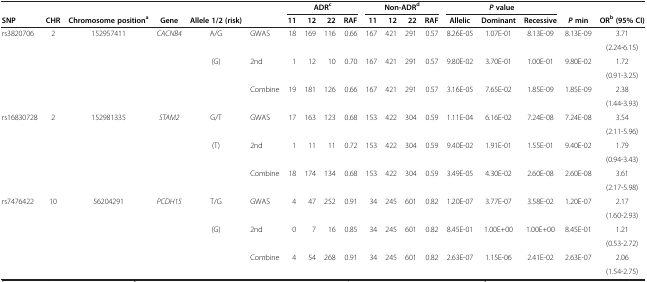
<table><thead><tr><td><b> </b></td><td><b> </b></td><td><b> </b></td><td><b> </b></td><td><b> </b></td><td><b> </b></td><td colspan="4"><b>ADR<sup>c</sup></b></td><td colspan="4"><b>Non-ADR<sup>d</sup></b></td><td colspan="3"><b><i>P </i>value</b></td><td><b> </b></td><td><b> </b></td></tr><tr><td><b>SNP</b></td><td><b>CHR</b></td><td><b>Chromosome position<sup>a</sup></b></td><td><b>Gene</b></td><td><b>Allele 1/2 (risk)</b></td><td><b> </b></td><td><b>11</b></td><td><b>12</b></td><td><b>22</b></td><td><b>RAF</b></td><td><b>11</b></td><td><b>12</b></td><td><b>22</b></td><td><b>RAF</b></td><td><b>Allelic</b></td><td><b>Dominant</b></td><td><b>Recessive</b></td><td><b><i>P </i>min</b></td><td><b>OR<sup>b </sup>(95% CI)</b></td></tr></thead><tbody><tr><td rowspan="2">rs3820706</td><td rowspan="2">2</td><td rowspan="2">152957411</td><td rowspan="2"><i>CACNB4</i></td><td rowspan="2">A/G</td><td rowspan="2">GWAS</td><td rowspan="2">18</td><td rowspan="2">169</td><td rowspan="2">116</td><td rowspan="2">0.66</td><td rowspan="2">167</td><td rowspan="2">421</td><td rowspan="2">291</td><td rowspan="2">0.57</td><td rowspan="2">8.26E-05</td><td rowspan="2">1.07E-01</td><td rowspan="2">8.13E-09</td><td rowspan="2">8.13E-09</td><td>3.71</td></tr><tr><td>(2.24-6.15)</td></tr><tr><td rowspan="2"> </td><td rowspan="2"> </td><td rowspan="2"> </td><td rowspan="2"> </td><td rowspan="2">(G)</td><td rowspan="2">2nd</td><td rowspan="2">1</td><td rowspan="2">12</td><td rowspan="2">10</td><td rowspan="2">0.70</td><td rowspan="2">167</td><td rowspan="2">421</td><td rowspan="2">291</td><td rowspan="2">0.57</td><td rowspan="2">9.80E-02</td><td rowspan="2">3.70E-01</td><td rowspan="2">1.00E-01</td><td rowspan="2">9.80E-02</td><td>1.72</td></tr><tr><td>(0.91-3.25)</td></tr><tr><td rowspan="2"> </td><td rowspan="2"> </td><td rowspan="2"> </td><td rowspan="2"> </td><td rowspan="2"> </td><td rowspan="2">Combine</td><td rowspan="2">19</td><td rowspan="2">181</td><td rowspan="2">126</td><td rowspan="2">0.66</td><td rowspan="2">167</td><td rowspan="2">421</td><td rowspan="2">291</td><td rowspan="2">0.57</td><td rowspan="2">3.16E-05</td><td rowspan="2">7.65E-02</td><td rowspan="2">1.85E-09</td><td rowspan="2">1.85E-09</td><td>2.38</td></tr><tr><td>(1.44-3.93)</td></tr><tr><td rowspan="2">rs16830728</td><td rowspan="2">2</td><td rowspan="2">152981335</td><td rowspan="2"><i>STAM2</i></td><td rowspan="2">G/T</td><td rowspan="2">GWAS</td><td rowspan="2">17</td><td rowspan="2">163</td><td rowspan="2">123</td><td rowspan="2">0.68</td><td rowspan="2">153</td><td rowspan="2">422</td><td rowspan="2">304</td><td rowspan="2">0.59</td><td rowspan="2">1.11E-04</td><td rowspan="2">6.16E-02</td><td rowspan="2">7.24E-08</td><td rowspan="2">7.24E-08</td><td>3.54</td></tr><tr><td>(2.11-5.96)</td></tr><tr><td rowspan="2"> </td><td rowspan="2"> </td><td rowspan="2"> </td><td rowspan="2"> </td><td rowspan="2">(T)</td><td rowspan="2">2nd</td><td rowspan="2">1</td><td rowspan="2">11</td><td rowspan="2">11</td><td rowspan="2">0.72</td><td rowspan="2">153</td><td rowspan="2">422</td><td rowspan="2">304</td><td rowspan="2">0.59</td><td rowspan="2">9.40E-02</td><td rowspan="2">1.91E-01</td><td rowspan="2">1.55E-01</td><td rowspan="2">9.40E-02</td><td>1.79</td></tr><tr><td>(0.94-3.43)</td></tr><tr><td rowspan="2"> </td><td rowspan="2"> </td><td rowspan="2"> </td><td rowspan="2"> </td><td rowspan="2"> </td><td rowspan="2">Combine</td><td rowspan="2">18</td><td rowspan="2">174</td><td rowspan="2">134</td><td rowspan="2">0.68</td><td rowspan="2">153</td><td rowspan="2">422</td><td rowspan="2">304</td><td rowspan="2">0.59</td><td rowspan="2">3.49E-05</td><td rowspan="2">4.30E-02</td><td rowspan="2">2.60E-08</td><td rowspan="2">2.60E-08</td><td>3.61</td></tr><tr><td>(2.17-5.98)</td></tr><tr><td rowspan="2">rs7476422</td><td rowspan="2">10</td><td rowspan="2">56204291</td><td rowspan="2"><i>PCDH15</i></td><td rowspan="2">T/G</td><td rowspan="2">GWAS</td><td rowspan="2">4</td><td rowspan="2">47</td><td rowspan="2">252</td><td rowspan="2">0.91</td><td rowspan="2">34</td><td rowspan="2">245</td><td rowspan="2">601</td><td rowspan="2">0.82</td><td rowspan="2">1.20E-07</td><td rowspan="2">3.77E-07</td><td rowspan="2">3.58E-02</td><td rowspan="2">1.20E-07</td><td>2.17</td></tr><tr><td>(1.60-2.93)</td></tr><tr><td rowspan="2"> </td><td rowspan="2"> </td><td rowspan="2"> </td><td rowspan="2"> </td><td rowspan="2">(G)</td><td rowspan="2">2nd</td><td rowspan="2">0</td><td rowspan="2">7</td><td rowspan="2">16</td><td rowspan="2">0.85</td><td rowspan="2">34</td><td rowspan="2">245</td><td rowspan="2">601</td><td rowspan="2">0.82</td><td rowspan="2">8.45E-01</td><td rowspan="2">1.00E+00</td><td rowspan="2">1.00E+00</td><td rowspan="2">8.45E-01</td><td>1.21</td></tr><tr><td>(0.53-2.72)</td></tr><tr><td> </td><td> </td><td> </td><td> </td><td> </td><td>Combine</td><td>4</td><td>54</td><td>268</td><td>0.91</td><td>34</td><td>245</td><td>601</td><td>0.82</td><td>2.63E-07</td><td>1.15E-06</td><td>2.41E-02</td><td>2.63E-07</td><td>2.06</td></tr><tr><td> </td><td> </td><td> </td><td> </td><td> </td><td> </td><td> </td><td> </td><td> </td><td> </td><td> </td><td> </td><td> </td><td> </td><td> </td><td> </td><td> </td><td> </td><td>(1.54-2.75)</td></tr></tbody></table>